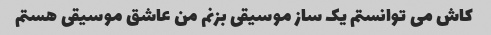
کاش می توانستم یک ساز موسیقی بزنم من عاشق موسیقی هستم